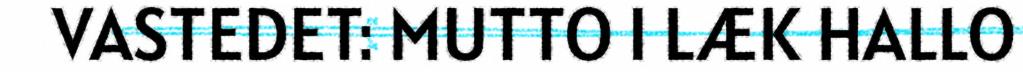
VASTEDET: MUTTO I LÆK HALLO